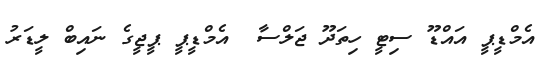
އެމްޑީޕީ އައްޑޫ ސިޓީ ހިތަދޫ ޖަލްސާ  އެމްޑީޕީ ޕީޖީގެ ނައިބް ލީޑަރު